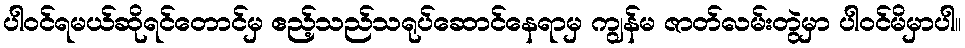
ပါဝင်ရမယ်ဆိုရင်တောင်မှ ဧည့်သည်သရုပ်ဆောင်နေရာမှ ကျွန်မ ဇာတ်လမ်းတွဲမှာ ပါဝင်မိမှာပါ။